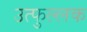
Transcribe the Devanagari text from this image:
उत्‍फुल्‍लक